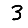
Digit: 3